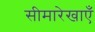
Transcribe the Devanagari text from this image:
सीमारेखाएँ